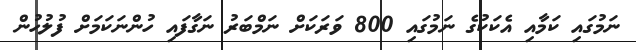
ނަމުގައި ކަމާއި އެކަކުގެ ނަމުގައި 800 ވަރަކަށް ނަމްބަރު ނަގާފައި ހުންނަކަމަށް ފުލުހުން